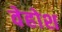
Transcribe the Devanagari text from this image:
वेहोश